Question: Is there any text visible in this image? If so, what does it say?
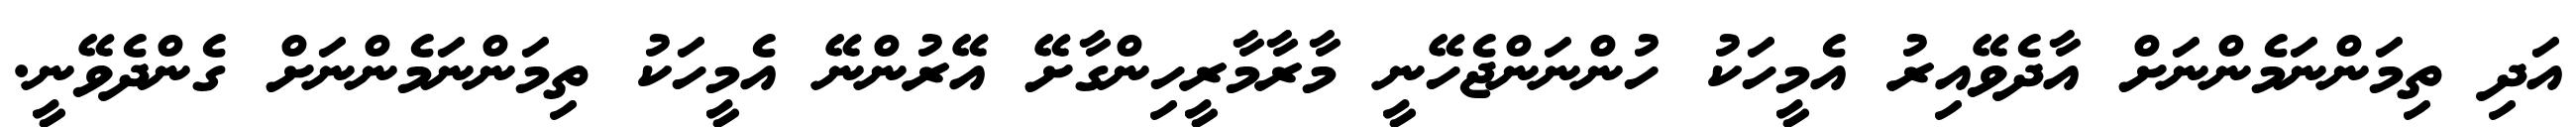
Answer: އަދި ތިމަންނަމެންނަށް އާދެވޭއިރު އެމީހަކު ހުންނަންޖެހޭނީ މާރާމާރީހިންގާށޭ އޭރުންނޭ އެމީހަކު ތިމަންނަމެންނަށް ގެންދެވޭނީ.